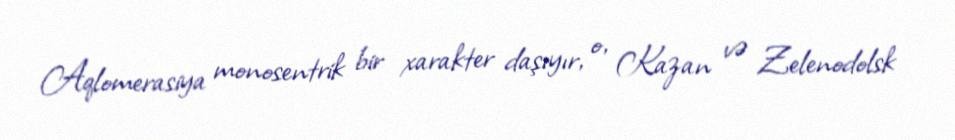
Aqlomerasiya monosentrik bir xarakter daşıyır, o, Kazan və Zelenodolsk